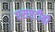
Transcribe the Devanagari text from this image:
एसएटीबी